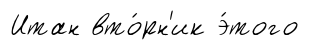
Итан вто́рн'ик э́того